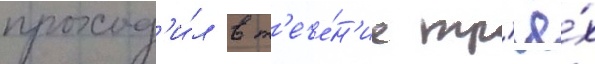
проход'и́л в т'ече́н'ие тр'ё́х